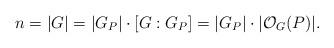
LaTeX: \begin{align*}n=|G|=|G_P|\cdot [G:G_P]=|G_P|\cdot |\mathcal{O}_G(P)|.\end{align*}